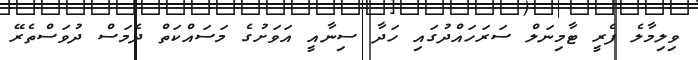
ވިލިމާލެ ފެރީ ޓާމިނަލް ސަރަހައްދުގައި ހަދާ ސިނާއީ އަވަށުގެ މަސައްކަތް ދެމަސް ދުވަސްތެރޭ